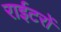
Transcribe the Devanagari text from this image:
राईटरों